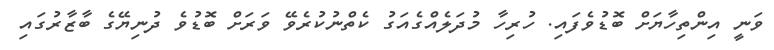
ވަނީ އިންތިހާޔަށް ބޮޑުވެފައި. ހުރިހާ މުދަލެއްގެއަގު ކެތްނުކުރެވޭ ވަރަށް ބޮޑުވެ ދުނިޔޭގެ ބާޒާރުގައި